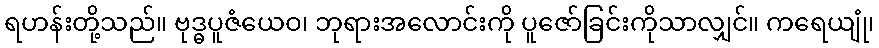
ရဟန်းတို့သည်။ ဗုဒ္ဓပူဇံယေဝ၊ ဘုရားအလောင်းကို ပူဇော်ခြင်းကိုသာလျှင်။ ကရေယျုံ၊